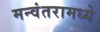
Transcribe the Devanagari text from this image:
मन्वंतरामध्ये